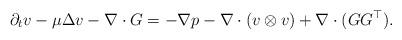
LaTeX: \begin{align*}\partial_tv -\mu\Delta v-\nabla\cdot G= -\nabla p-\nabla\cdot(v\otimes v) + \nabla\cdot(GG^\top).\end{align*}